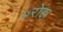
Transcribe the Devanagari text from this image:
ॲरोझ